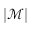
\vert \mathcal { M } \vert